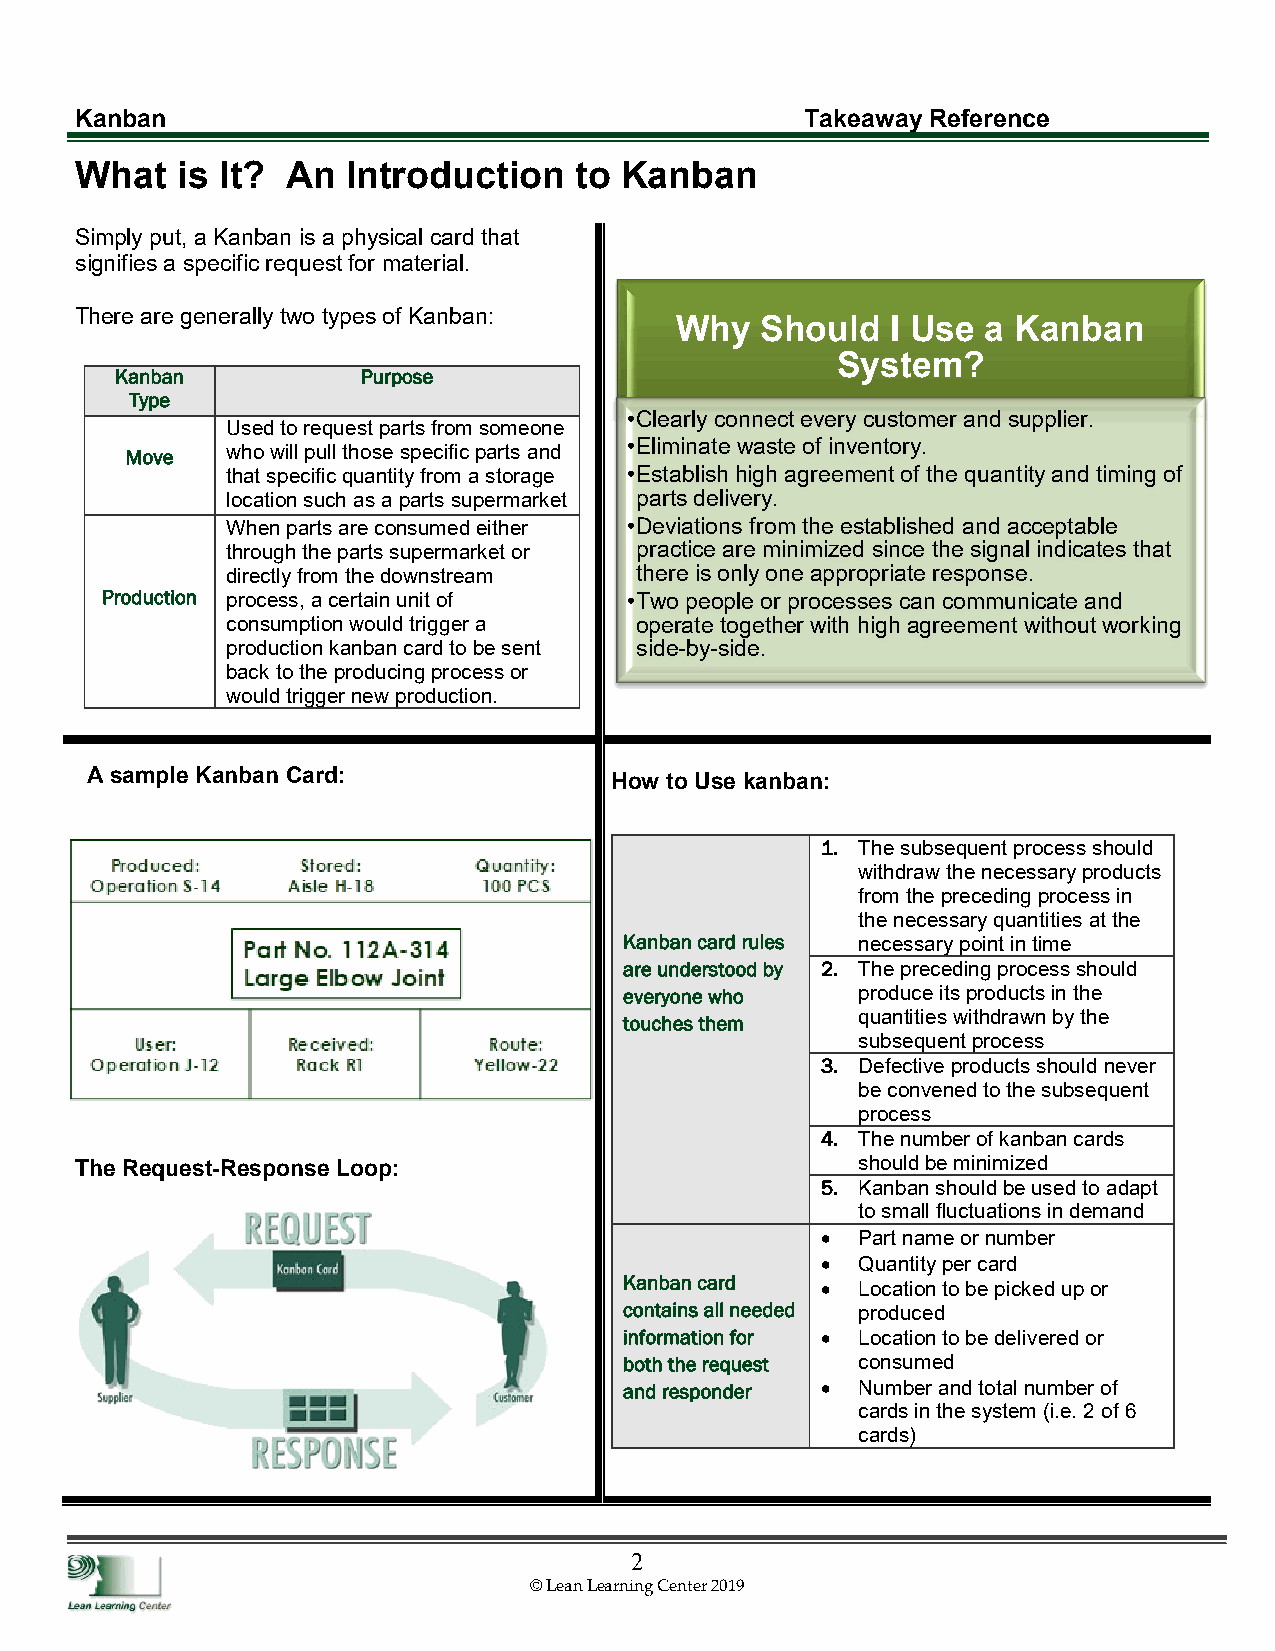
Kanban                                          Takeaway Reference
 What   is It? An  Introduction   to Kanban
 Simply put, a Kanban is a physical card that
 signifies a specific request for material.
 There are generally two types of Kanban:
 Why  Should   I Use a Kanban
 System?
 Kanban          Purpose
 Type
 •Clearly connect every customer and supplier.
 Used to request parts from someone
 Mo ve  who will pull those specific parts and
 •Eliminate waste of inventory.
 that specific quantity from a storage •Establish high agreement of the quantity and timing of
 location such as a parts supermarket parts delivery.
 When parts are consumed either •Deviations from the established and acceptable
 through the parts supermarket or practice are minimized since the signal indicates that
 directly from the downstream there is only one appropriate response.
 Production process, a certain unit of •Two people or processes can communicate and
 consumption would trigger a operate together with high agreement without working
 production kanban card to be sent side-by-side.
 back to the producing process or
 would trigger new production.
 A sample Kanban Card:
 How to Use kanban:
 1. The subsequent process should
 withdraw the necessary products
 from the preceding process in
 the necessary quantities at the
 Kanban card rules necessary point in time
 are understood by 2. The preceding process should
 everyone who    produce its products in the
 quantities withdrawn by the
 touches them
 subsequent process
 3. Defective products should never
 be convened to the subsequent
 process
 4. The number of kanban cards
 The Request-Response Loop:                          should be minimized
 5. Kanban should be used to adapt
 to small fluctuations in demand
 •  Part name or number
 •  Quantity per card
 Kanban card  •  Location to be picked up or
 contains all needed produced
 information for • Location to be delivered or
 both the request consumed
 and responder • Number and total number of
 cards in the system (i.e. 2 of 6
 cards)
 2
 © Lean Learning Center 2019